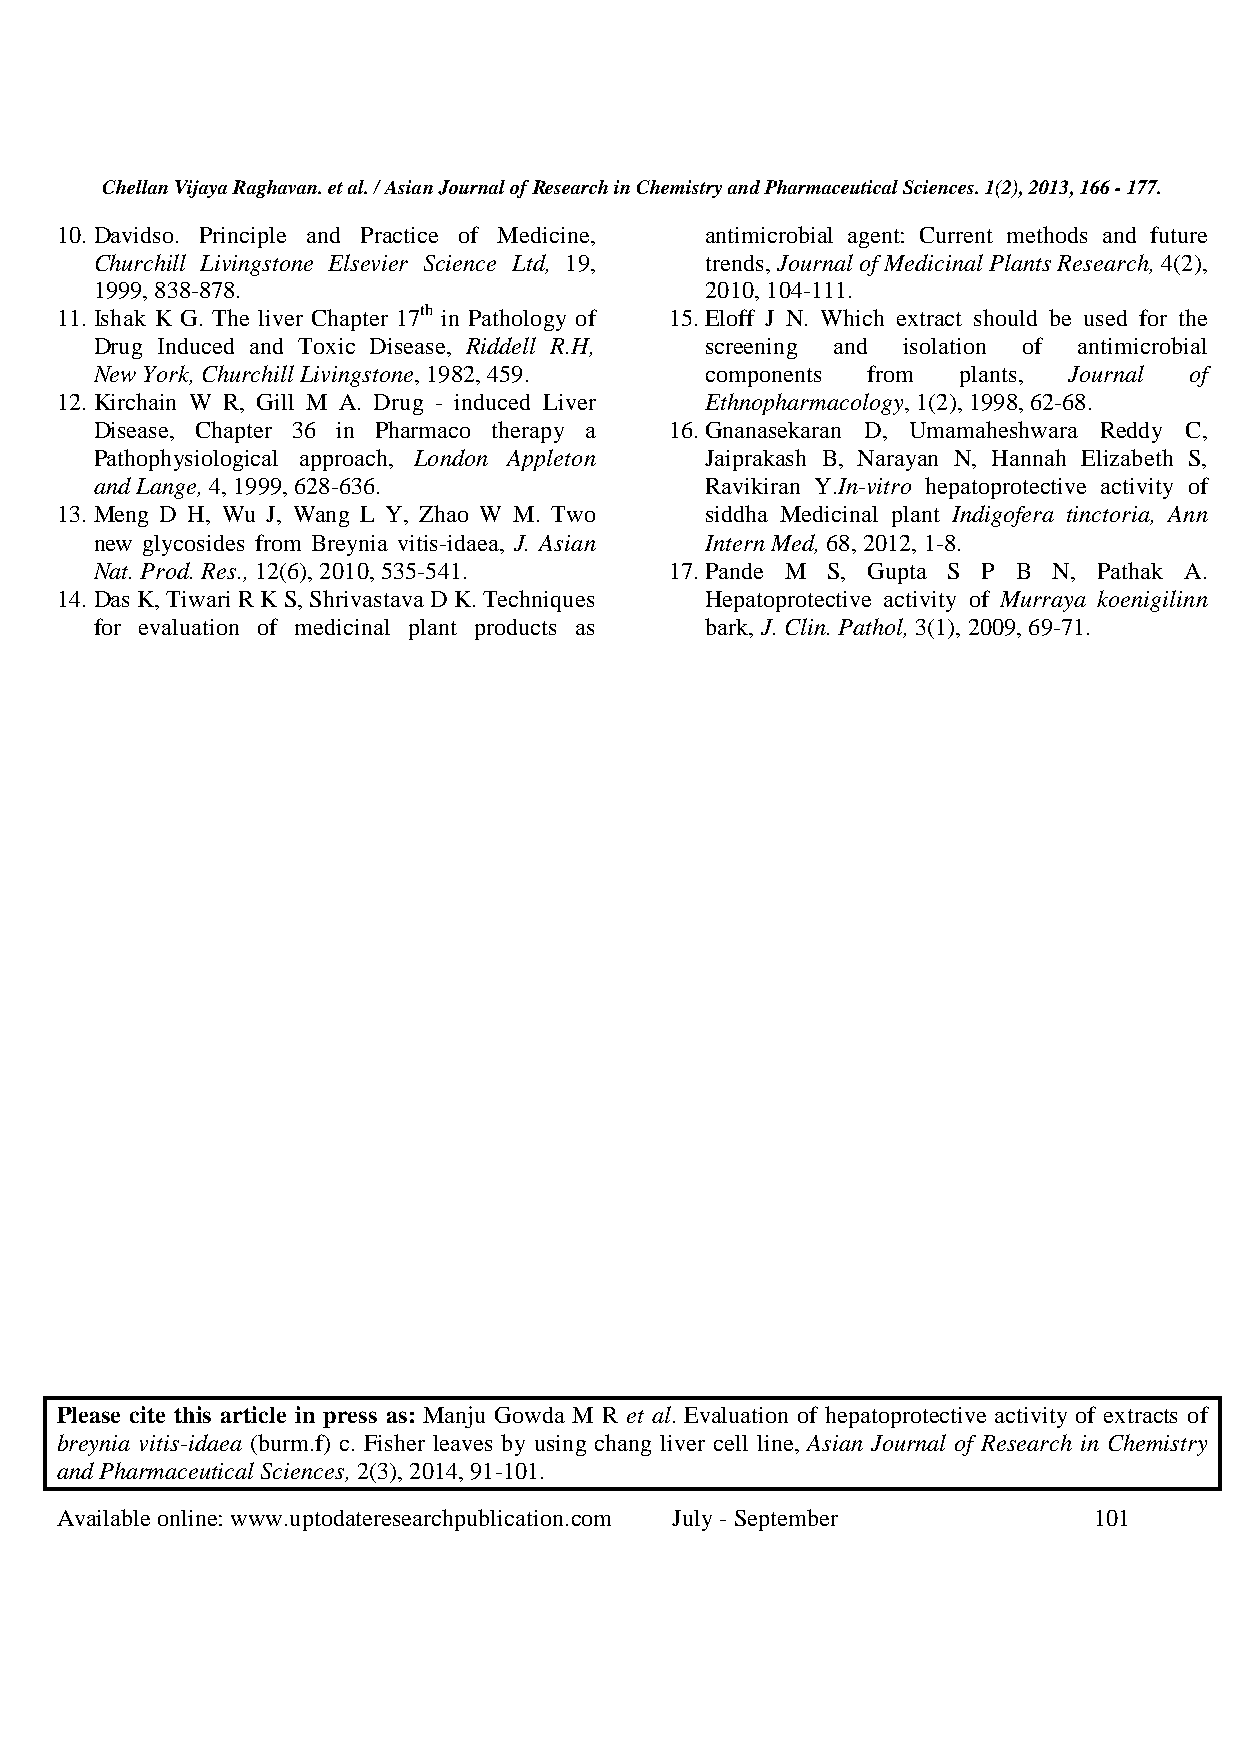
Chellan Vijaya Raghavan. et al. / Asian Journal of Research in Chemistry and Pharmaceutical Sciences. 1(2), 2013, 166 - 177.
 10. Davidso. Principle and Practice of Medicine, antimicrobial agent: Current methods and future
 Churchill Livingstone Elsevier Science Ltd, 19, trends, Journal of Medicinal Plants Research, 4(2),
 1999, 838-878.                           2010, 104-111.
 11. Ishak K G. The liver Chapter 17th in Pathology of 15. Eloff J N. Which extract should be used for the
 Drug Induced and Toxic Disease, Riddell R.H, screening and isolation of antimicrobial
 New York, Churchill Livingstone, 1982, 459. components from plants, Journal of
 12. Kirchain W R, Gill M A. Drug - induced Liver Ethnopharmacology, 1(2), 1998, 62-68.
 Disease, Chapter 36 in Pharmaco therapy a 16. Gnanasekaran D, Umamaheshwara Reddy C,
 Pathophysiological approach, London Appleton Jaiprakash B, Narayan N, Hannah Elizabeth S,
 and Lange, 4, 1999, 628-636.             Ravikiran Y.In-vitro hepatoprotective activity of
 13. Meng D H, Wu J, Wang L Y, Zhao W M. Two siddha Medicinal plant Indigofera tinctoria, Ann
 new glycosides from Breynia vitis-idaea, J. Asian Intern Med, 68, 2012, 1-8.
 Nat. Prod. Res., 12(6), 2010, 535-541. 17. Pande M S, Gupta S P B N, Pathak A.
 14. Das K, Tiwari R K S, Shrivastava D K. Techniques Hepatoprotective activity of Murraya koenigilinn
 for evaluation of medicinal plant products as bark, J. Clin. Pathol, 3(1), 2009, 69-71.
 Please cite this article in press as: Manju Gowda M R et al. Evaluation of hepatoprotective activity of extracts of
 breynia vitis-idaea (burm.f) c. Fisher leaves by using chang liver cell line, Asian Journal of Research in Chemistry
 and Pharmaceutical Sciences, 2(3), 2014, 91-101.
 Available online: www.uptodateresearchpublication.com July - September 101